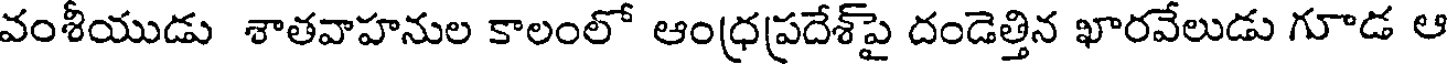
వంశీయుడు శాతవాహనుల కాలంలో ఆంధ్రప్రదేశ్పై దండెత్తిన ఖారవేలుడు గూడ ఆ